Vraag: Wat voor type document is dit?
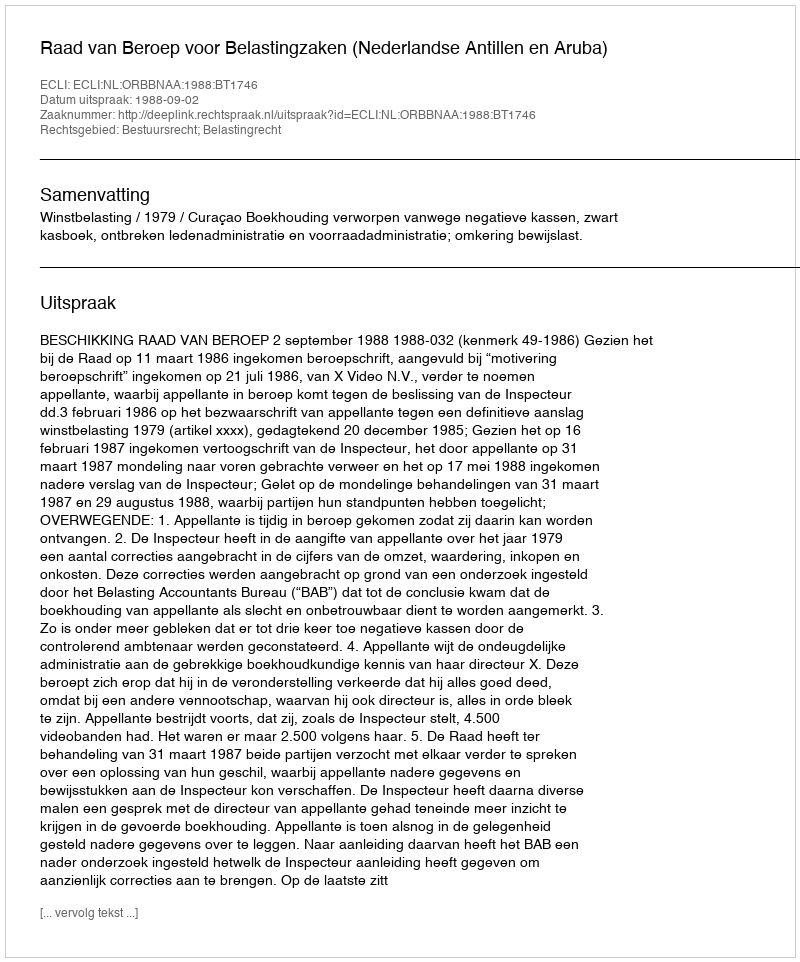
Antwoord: Uitspraak